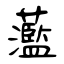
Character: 蘫